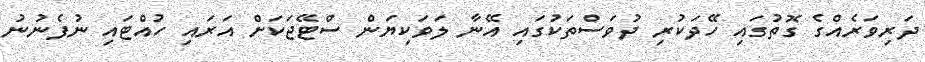
ދަރިވަރެއްގެ ގޮތުގައި ހޭދަކުރި ދުވަސްތަކުގައި އޭނާ ލަވަކިޔަން ސްޓޭޖަކަށް އަރައި ހުއްޓައި ނުފެނުނު